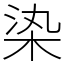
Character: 𣑱